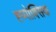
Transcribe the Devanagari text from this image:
ह्य्पोक्सिक